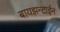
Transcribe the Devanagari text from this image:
बायझन्टाईन